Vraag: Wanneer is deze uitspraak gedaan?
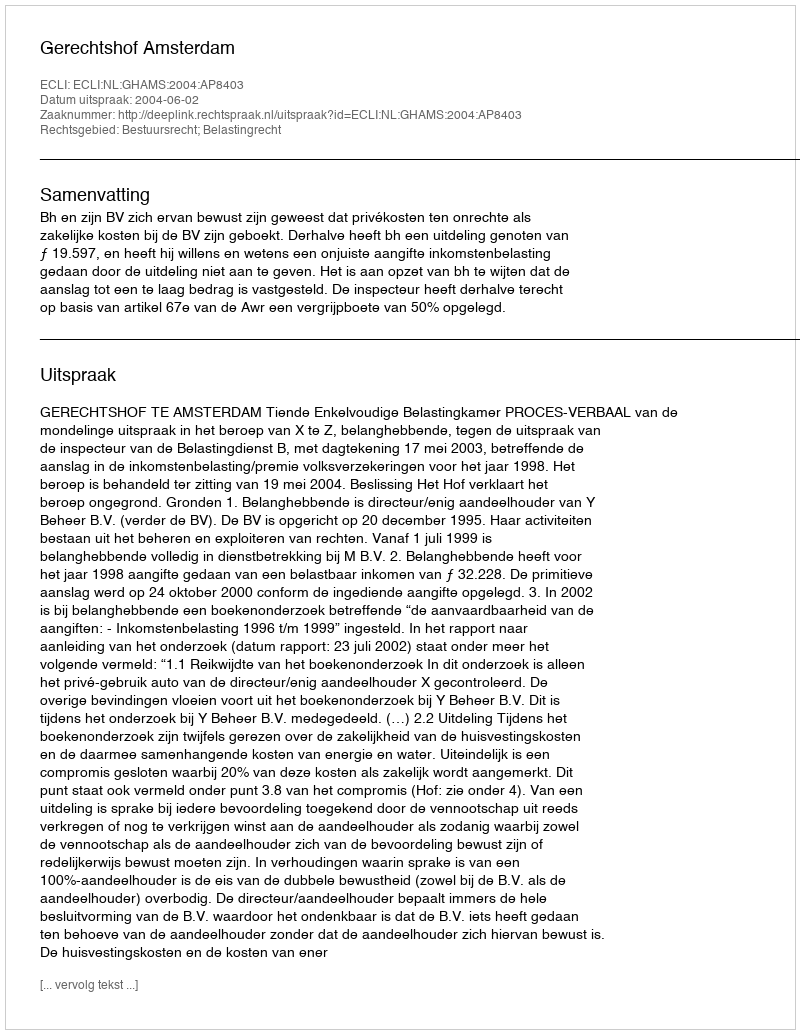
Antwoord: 2004-06-02